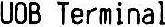
UOB TERMINAL